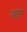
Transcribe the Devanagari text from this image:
रुज़